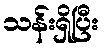
သန်းရှိပြီး